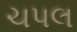
ચપલ